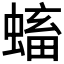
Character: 𧏷